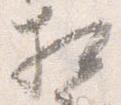
相